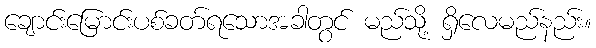
ချောင်းမြောင်းပစ်ခတ်ရသောအခါတွင် မည်သို့ ရှိလေမည်နည်း။